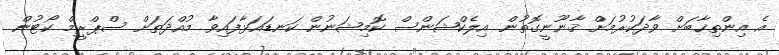
އެ އިންތިޚާބަށް ވާދަކުރުމަށް ޤާނޫނީގޮތުން އިލެކްޝަންސް ކޮމިޝަނުން ކަނޑައަޅާފައިވާ މުއްދަތަށް ސްޕްރީމް ކޯޓުން